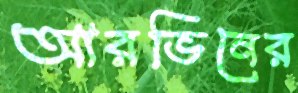
আরভিনের